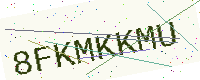
Text: 8FKMKKMU